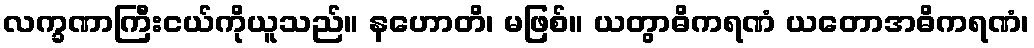
လက္ခဏာကြီးငယ်ကိုယူသည်။ နဟောတိ၊ မဖြစ်။ ယတွာဓိကရဏံ ယတောအဓိကရဏံ၊